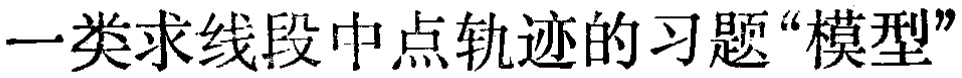
一类求线段中点轨迹的习题“模型”